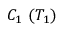
C _ { 1 } ~ ( T _ { 1 } )